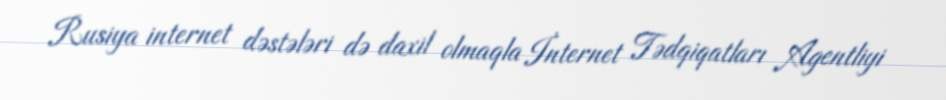
Rusiya internet dəstələri də daxil olmaqla İnternet Tədqiqatları Agentliyi